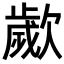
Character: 𣤠